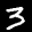
Label: 3